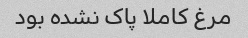
مرغ کاملا پاک نشده بود